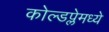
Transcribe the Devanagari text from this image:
कोल्डप्लेमध्ये